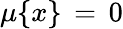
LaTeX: \mu\{ x\} \, =\, 0